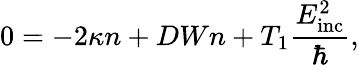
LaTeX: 0=-2\kappa n+DWn+T_{1}\frac{E_{\mathrm{inc}}^{2}}{\hbar},